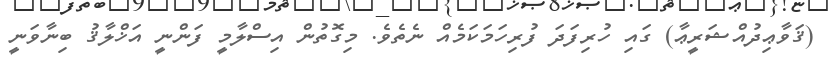
(ޤަވާޢިދުއްޝަރީޢާ) ގައި ހުރިފަދަ ފުރިހަމަކަމެއް ނެތެވެ. މިގޮތުން އިސްލާމީ ފަންނީ އަޚްލާޤު ބިނާވަނީ